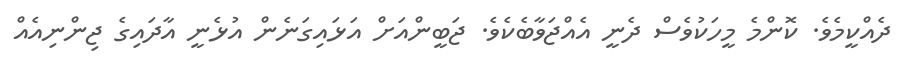
ދެއްކީމެވެ. ކޮންމެ މީހަކުވެސް ދެނީ އެއްޖަވާބެކެވެ. ޖަބީންއަށް އަޅައިގަނެން އުޅެނީ އާދައިގެ ޖިންނިއެެއް